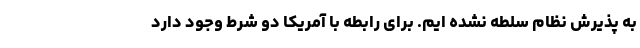
به پذیرش نظام سلطه نشده ایم. برای رابطه با آمریکا دو شرط وجود دارد